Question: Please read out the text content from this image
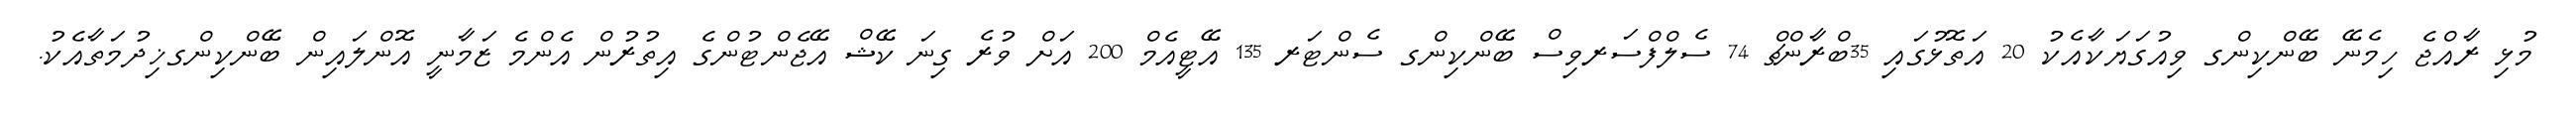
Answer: މުޅި ރާއްޖެ ހިމެނޭ ބޭންކިންގ ވިއުގަޔަކާއެކު 20 އަތޮޅުގައި 35ބްރާންޗް 74 ސެލްފްސަރވިސް ބޭންކިންގ ސެންޓަރ 135 އޭޓީއެމް 200 އަށް ވުރެ ގިނަ ކޭޝް އޭޖެންޓުންގެ އިތުރުން އެންމެ ޒަމާނީ އޮންލައިން ބޭންކިންގޚިދުމަތާއެކު.